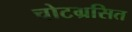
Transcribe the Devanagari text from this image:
चोटग्रसित